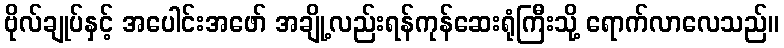
ဗိုလ်ချုပ်နှင့် အပေါင်းအဖော် အချို့လည်းရန်ကုန်ဆေးရုံကြီးသို့ ရောက်လာလေသည်။